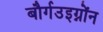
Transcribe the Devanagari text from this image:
बौर्गउइग्नोंन